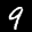
Label: 9